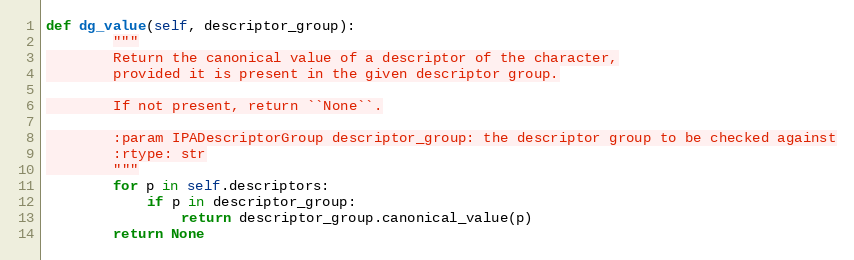
Language: Python
def dg_value(self, descriptor_group):
        """
        Return the canonical value of a descriptor of the character,
        provided it is present in the given descriptor group.

        If not present, return ``None``.

        :param IPADescriptorGroup descriptor_group: the descriptor group to be checked against
        :rtype: str
        """
        for p in self.descriptors:
            if p in descriptor_group:
                return descriptor_group.canonical_value(p)
        return None